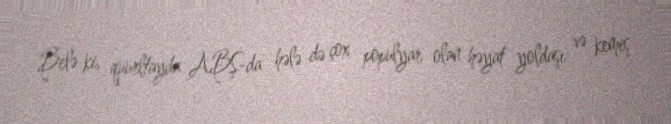
Belə ki, quurltayda ABŞ-da hələ də çox populyar olan həyat yoldaşı və kemiş